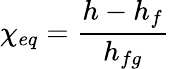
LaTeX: \chi_{eq}={\frac{h-h_{f}}{h_{fg}}}